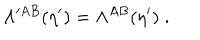
\Lambda ^ { A B } ( \eta ^ { \prime } ) = \Lambda ^ { A B } ( \eta ^ { \prime } ) \; .